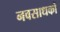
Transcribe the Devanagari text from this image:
नवसाधकों